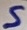
Text: S